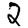
Digit: 2